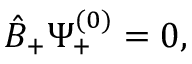
{ \hat { B } } _ { + } \Psi _ { + } ^ { ( 0 ) } = 0 ,